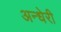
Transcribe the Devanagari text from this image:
अन्धेरी